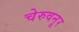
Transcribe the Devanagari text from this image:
चेरुवनूर